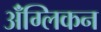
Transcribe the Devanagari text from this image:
ॲंग्लिकन